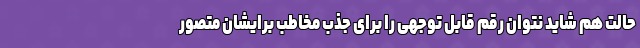
حالت هم شاید نتوان رقم قابل توجهی را برای جذب مخاطب برایشان متصور